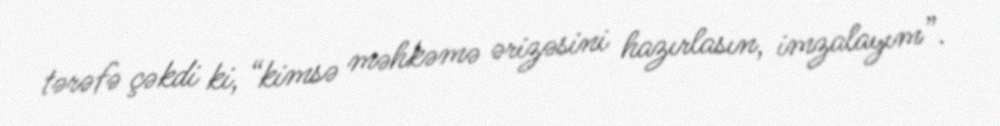
tərəfə çəkdi ki, “kimsə məhkəmə ərizəsini hazırlasın, imzalayım”.